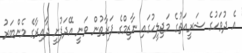
އެ ދުވަހުގެ ޝަރީއަތުގެ މަޖިލީހުގައި ނާޒިމްގެ ފަރާތުން ވަނީ އޭދަފުށީ ދާއިރާގެ މެންބަރު